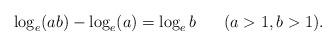
LaTeX: \begin{align*}\log_e(ab) - \log_e(a) = \log_e b \;\;\;\;\;\;(a>1, b>1).\end{align*}